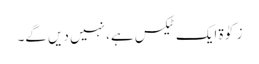
زکوٰۃ ایک ٹیکس ہے، نہیں دیں گے۔